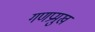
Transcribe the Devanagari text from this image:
गणप्रमुख